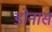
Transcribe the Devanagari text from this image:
डोनास